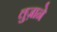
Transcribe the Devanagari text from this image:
लुज़ाने